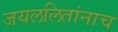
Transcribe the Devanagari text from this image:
जयललितांनाच